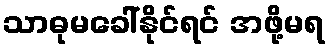
သာဓုမခေါ်နိုင်ရင် အဖို့မရ